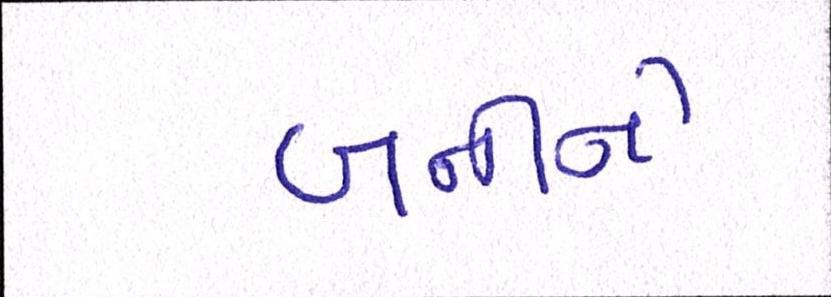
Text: બનીને